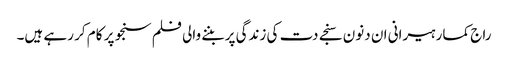
راج کمار ہیرانی ان دنون سنجے دت کی زندگی پر بننے والی فلم سنجو پر کام کر رہے ہیں۔